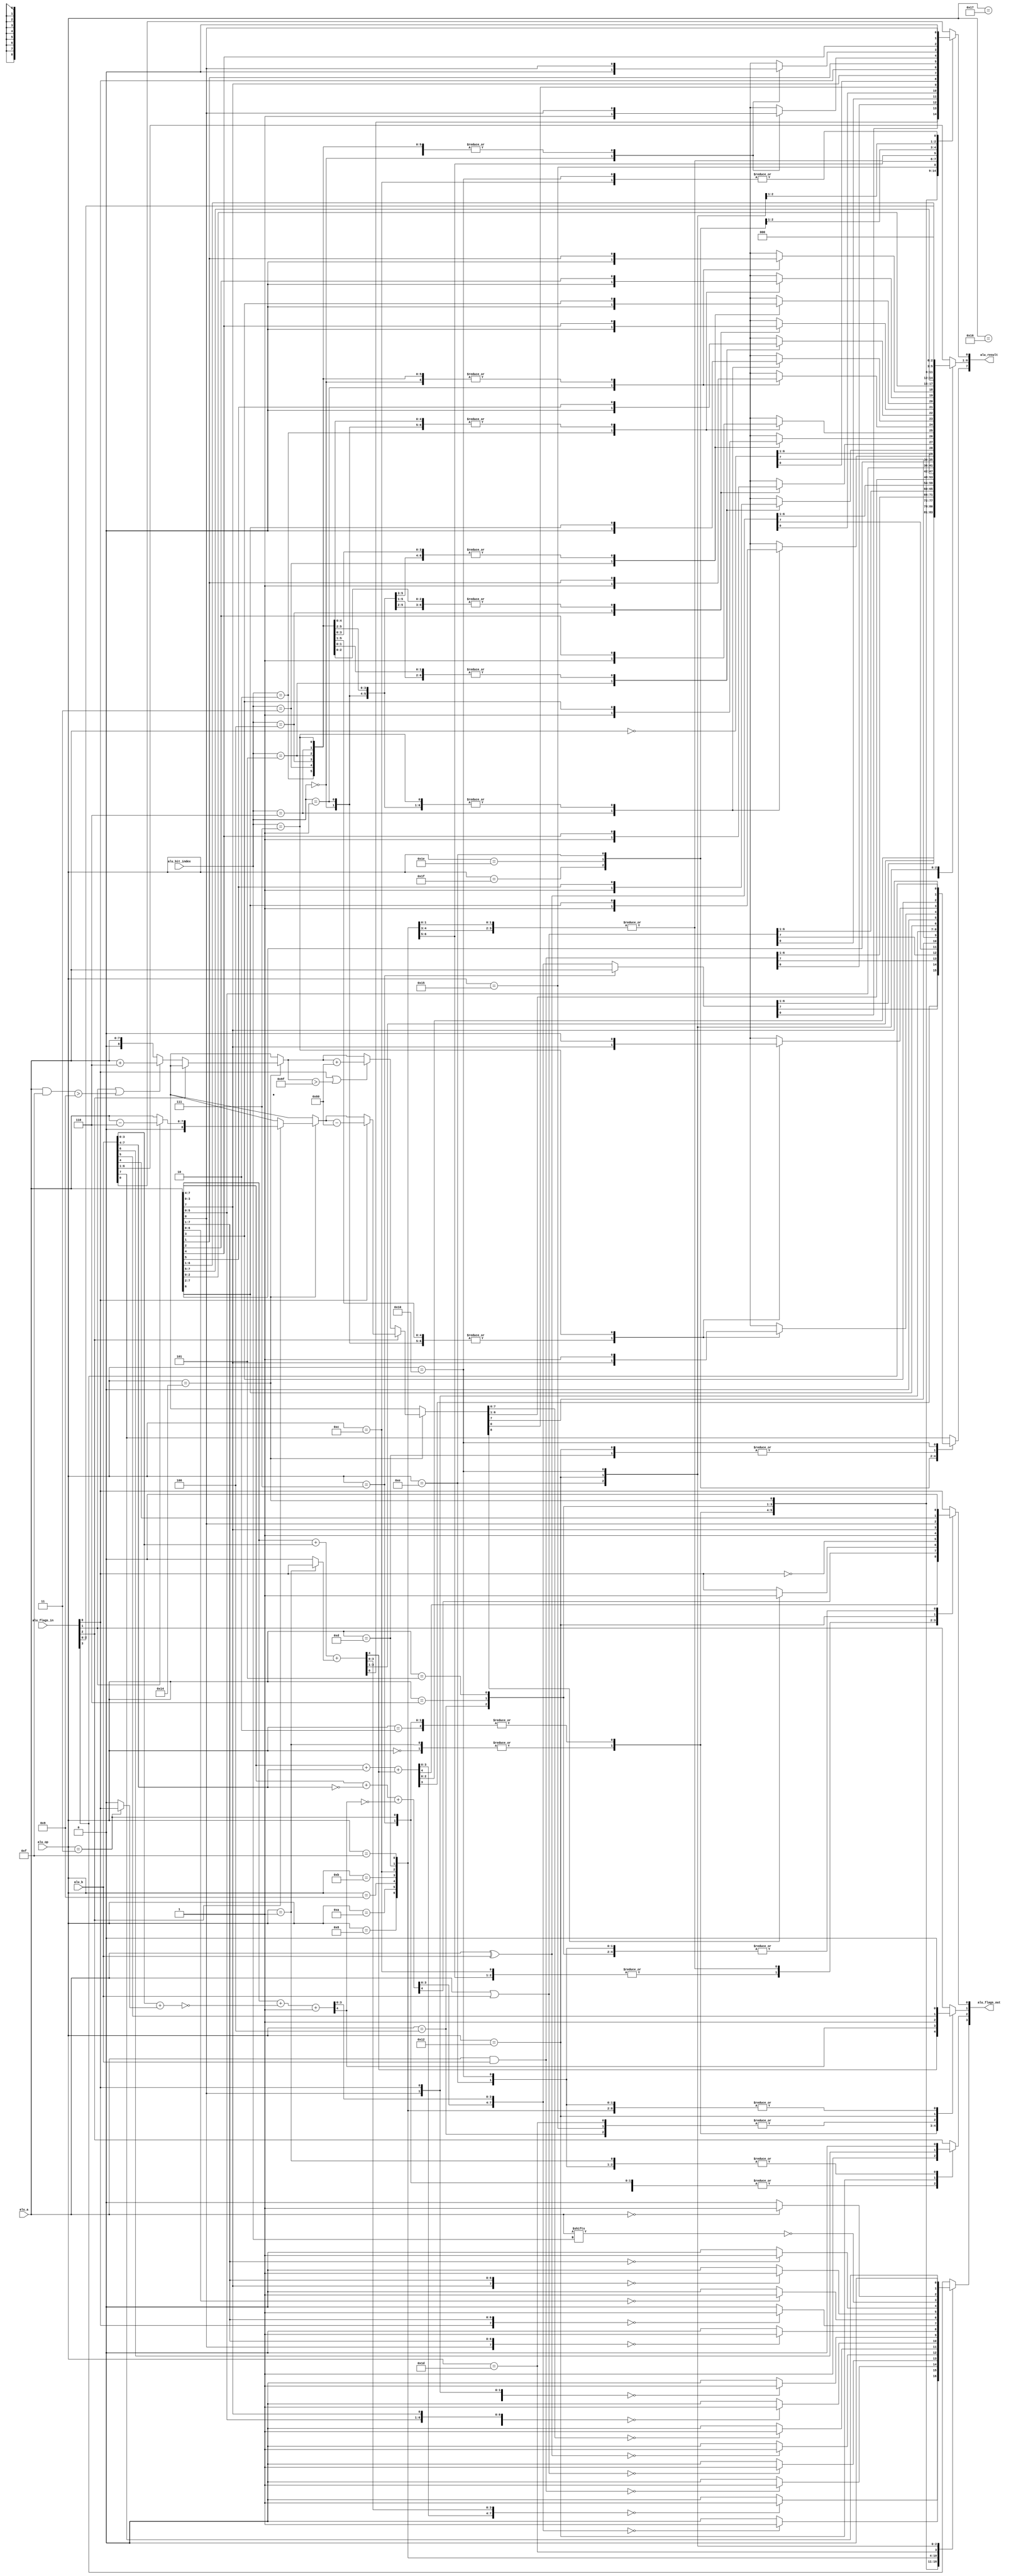
`default_nettype wire
//////////////////////////////////////////////////////////////////////////////////
// Company: 
// 
// Module Name:    alu
// Project Name:   VerilogBoy
// Description: 
//   The Game Boy ALU.
// Dependencies: 
// 
// Additional Comments: 
//
//////////////////////////////////////////////////////////////////////////////////

module alu(
    input [7:0] alu_b,
    input [7:0] alu_a,
    input [2:0] alu_bit_index,
    output reg [7:0] alu_result,
    input [3:0] alu_flags_in,
    output reg [3:0] alu_flags_out,
    input [4:0] alu_op
    );

    localparam OP_ADD = 5'b00000;
    localparam OP_ADC = 5'b00001;
    localparam OP_SUB = 5'b00010;
    localparam OP_SBC = 5'b00011;
    localparam OP_AND = 5'b00100;
    localparam OP_XOR = 5'b00101;
    localparam OP_OR  = 5'b00110;
    localparam OP_CP  = 5'b00111;
    localparam OP_RLC = 5'b01000;
    localparam OP_RRC = 5'b01001;
    localparam OP_RL  = 5'b01010;
    localparam OP_RR  = 5'b01011;
    localparam OP_SLA = 5'b01100;
    localparam OP_SRA = 5'b01101;
    localparam OP_SWAP= 5'b01110;
    localparam OP_SRL = 5'b01111;
    localparam OP_LF  = 5'b10000; // Load Flags
    //           unused 5'b10001
    localparam OP_SF  = 5'b10010; // Save Flags
    //           unused 5'b10011
    localparam OP_DAA = 5'b10100;
    localparam OP_CPL = 5'b10101;
    localparam OP_SCF = 5'b10110;
    localparam OP_CCF = 5'b10111;
    //           unused 5'b11000
    //           unused 5'b11001
    //           unused 5'b11010
    //           unused 5'b11011
    //           unused 5'b11100
    localparam OP_BIT = 5'b11101;
    localparam OP_RES = 5'b11110;
    localparam OP_SET = 5'b11111;

    localparam F_Z = 2'd3;
    localparam F_N = 2'd2;
    localparam F_H = 2'd1;
    localparam F_C = 2'd0;

    reg [8:0]        intermediate_result1, intermediate_result2;
    reg [4:0]        result_low;
    reg [4:0]        result_high;
    wire [2:0]       bit_index;
    reg carry;
 
    assign bit_index = alu_bit_index;

    always@(*) begin
        alu_flags_out = 4'b0;
        carry = 1'b0;
        result_low = 5'd0;
        result_high = 5'd0;
        intermediate_result1 = 9'd0;
        intermediate_result2 = 9'd0;
        case (alu_op)
            OP_ADD, OP_ADC: begin
                carry = (alu_op == OP_ADC) ? alu_flags_in[F_C] : 1'b0;
                result_low = {1'b0, alu_a[3:0]} + {1'b0, alu_b[3:0]} + 
                    {4'b0, carry};
                alu_flags_out[F_H] = result_low[4];
                result_high = {1'b0, alu_a[7:4]} + 
                    {1'b0, alu_b[7:4]} + 
                    {4'b0, result_low[4]};
                alu_flags_out[F_C] = result_high[4];
                alu_result = {result_high[3:0], result_low[3:0]};
                alu_flags_out[F_Z] = (alu_result == 8'd0) ? 1'b1 : 1'b0;
            end
            OP_SUB, OP_SBC, OP_CP: begin
                alu_flags_out[F_N] = 1'b1;
                carry = (alu_op == OP_SBC) ? alu_flags_in[F_C] : 1'b0;
                result_low = {1'b0, alu_a[3:0]} + 
                    ~({1'b0, alu_b[3:0]} + 
                    {4'b0, carry}) + 5'b1;
                alu_flags_out[F_H] = result_low[4];
                result_high = {1'b0, alu_a[7:4]} + 
                    ~({1'b0, alu_b[7:4]}) +
                    {4'b0, ~result_low[4]};
                alu_flags_out[F_C] = result_high[4];
                alu_result = (alu_op == OP_CP) ? (alu_a[7:0]) : {result_high[3:0], result_low[3:0]};
                alu_flags_out[F_Z] = ({result_high[3:0], result_low[3:0]} == 8'd0) ? 1'b1 : 1'b0;
            end
            OP_AND: begin
                alu_flags_out[F_H] = 1'b1;
                alu_result = alu_a & alu_b;
                alu_flags_out[F_Z] = (alu_result == 8'd0) ? 1'b1 : 1'b0;
            end
            OP_OR: begin
                alu_result = alu_a | alu_b;
                alu_flags_out[F_Z] = (alu_result == 8'd0) ? 1'b1 : 1'b0;
            end
            OP_XOR: begin
                alu_result = alu_a ^ alu_b;
                alu_flags_out[F_Z] = (alu_result == 8'd0) ? 1'b1 : 1'b0;
            end
            OP_DAA: begin
                if (~alu_flags_in[F_N]) begin
                    if (alu_flags_in[F_H] | 
                        ((alu_a & 8'h0f) > 8'h9)) begin
                        intermediate_result1 = {1'b0, alu_a} + 9'h6;
                    end
                    else begin
                        intermediate_result1 = {1'b0, alu_a};
                    end
                    if (alu_flags_in[F_C] | (intermediate_result1 > 9'h9f)) begin
                        intermediate_result2 = intermediate_result1 + 9'h60;
                    end
                    else begin
                        intermediate_result2 = intermediate_result1;
                    end
                end
                else begin
                    if (alu_flags_in[F_H]) begin
                        intermediate_result1 = {1'b0, (alu_a - 8'h6)};
                    end
                    else begin
                        intermediate_result1 = {1'b0, alu_a};
                    end
                    if (alu_flags_in[F_C]) begin
                        intermediate_result2 = intermediate_result1 - 9'h60;
                    end
                    else begin
                        intermediate_result2 = intermediate_result1;
                    end
                end // else: !if(alu_flags_in[F_N])

                alu_result = intermediate_result2[7:0];
                
                alu_flags_out[F_N] = alu_flags_in[F_N];
                alu_flags_out[F_H] = 1'b0;
                alu_flags_out[F_C] = intermediate_result2[8] ? 1'b1 : 
                                        alu_flags_in[F_C];
                alu_flags_out[F_Z] = (intermediate_result2[7:0] == 8'd0) ? 
                                        1'b1 : 1'b0;
            end
            OP_CPL: begin
                alu_flags_out[F_Z] = alu_flags_in[F_Z];
                alu_flags_out[F_N] = 1'b1;
                alu_flags_out[F_H] = 1'b1;
                alu_flags_out[F_C] = alu_flags_in[F_C];
                alu_result = ~alu_a;
            end
            OP_CCF: begin
                alu_flags_out[F_Z] = alu_flags_in[F_Z];
                alu_flags_out[F_N] = 1'b0;
                alu_flags_out[F_H] = 1'b0;
                alu_flags_out[F_C] = ~alu_flags_in[F_C];
                alu_result = alu_b;
            end
            OP_SCF: begin
                alu_flags_out[F_Z] = alu_flags_in[F_Z];
                alu_flags_out[F_N] = 1'b0;
                alu_flags_out[F_H] = 1'b0;
                alu_flags_out[F_C] = 1'b1;
                alu_result = alu_b;
            end
            OP_RLC: begin
                alu_result[0] = alu_a[7];
                alu_result[7:1] = alu_a[6:0];
                alu_flags_out[F_C] = alu_a[7];
                alu_flags_out[F_Z] = (alu_result == 8'd0) ? 1'b1 : 1'b0;
            end
            OP_RL: begin
                alu_result[0] = alu_flags_in[F_C];
                alu_result[7:1] = alu_a[6:0];
                alu_flags_out[F_C] = alu_a[7];
                alu_flags_out[F_Z] = (alu_result == 8'd0) ? 1'b1 : 1'b0;
            end
            OP_RRC: begin
                alu_result[7] = alu_a[0];
                alu_result[6:0] = alu_a[7:1];
                alu_flags_out[F_C] = alu_a[0];
                alu_flags_out[F_Z] = (alu_result == 8'd0) ? 1'b1 : 1'b0;
            end
            OP_RR: begin
                alu_result[7] = alu_flags_in[F_C];
                alu_result[6:0] = alu_a[7:1];
                alu_flags_out[F_C] = alu_a[0];
                alu_flags_out[F_Z] = (alu_result == 8'd0) ? 1'b1 : 1'b0;
            end
            OP_SLA: begin
                alu_result[7:1] = alu_a[6:0];
                alu_result[0] = 1'b0;
                alu_flags_out[F_C] = alu_a[7];
                alu_flags_out[F_Z] = (alu_result == 8'd0) ? 1'b1 : 1'b0;
            end
            OP_SRA: begin
                alu_result[7] = alu_a[7];
                alu_result[6:0] = alu_a[7:1];
                alu_flags_out[F_C] = alu_a[0];
                alu_flags_out[F_Z] = (alu_result == 8'd0) ? 1'b1 : 1'b0;
            end
            OP_SRL: begin
                alu_result[7] = 1'b0;
                alu_result[6:0] = alu_a[7:1];
                alu_flags_out[F_C] = alu_a[0];
                alu_flags_out[F_Z] = (alu_result == 8'd0) ? 1'b1 : 1'b0;
            end
            OP_BIT: begin
            // Bit index must be in data0[5:3]
                alu_flags_out[F_C] = alu_flags_in[F_C];
                alu_flags_out[F_H] = 1'b1;
                alu_flags_out[F_N] = 1'b0;
                alu_flags_out[F_Z] = ~alu_a[bit_index];
                alu_result = alu_b;
            end
            OP_SET: begin
                alu_flags_out = alu_flags_in;
                alu_result = alu_a;
                alu_result[bit_index] = 1'b1;
            end
            OP_RES: begin
                alu_flags_out = alu_flags_in;
                alu_result = alu_a;
                alu_result[bit_index] = 1'b0;
            end
            OP_SWAP: begin
                alu_flags_out[F_Z] = (alu_a == 8'd0) ? 1'd1: 1'd0;
                alu_flags_out[F_H] = 1'b0;
                alu_flags_out[F_C] = 1'b0;
                alu_flags_out[F_N] = 1'b0;
                alu_result = {alu_a[3:0], alu_a[7:4]};
            end
            OP_SF: begin
                alu_flags_out = alu_b[7:4];
                alu_result = alu_a;
            end
            OP_LF: begin
                alu_result = {alu_flags_in, 4'b0};
            end
            default: begin
                alu_result = alu_b;
                alu_flags_out = alu_flags_in;
            end
        endcase
    end

endmodule